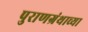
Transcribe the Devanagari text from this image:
पुराणग्रंथाच्या